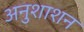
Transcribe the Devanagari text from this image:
अनुशाशन